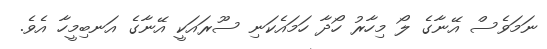
ނަމަވެސް އޭނާގެ ލޯ މިހާރު ހޯދާ ހަމައެކަނި ސޫރައަކީ އޭނާގެ އަނބިމީހާ އެވެ.